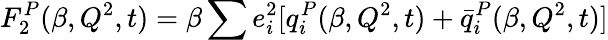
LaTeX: F_{2}^{P}(\beta,Q^{2},t)=\beta\sum e_{i}^{2}[q_{i}^{P}(\beta,Q^{2},t)+\bar{q}_{i}^{P}(\beta,Q^{2},t)]